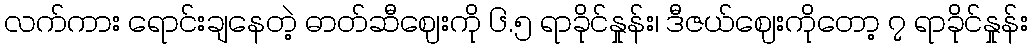
လက်ကား ရောင်းချနေတဲ့ ဓာတ်ဆီဈေးကို ၆.၅ ရာခိုင်နှုန်း၊ ဒီဇယ်ဈေးကိုတော့ ၇ ရာခိုင်နှုန်း